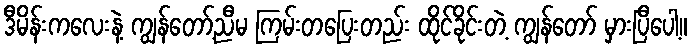
ဒီမိန်းကလေးနဲ့ ကျွန်တော့်ညီမ ကြမ်းတပြေးတည်း ထိုင်ခိုင်းတဲ့ ကျွန်တော် မှားပြီပေါ့။